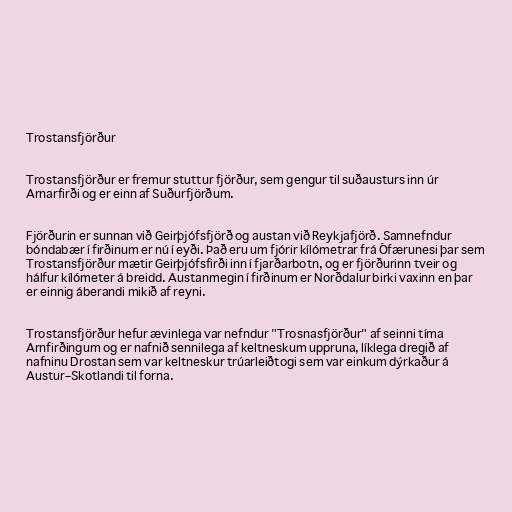
Trostansfjörður

Trostansfjörður er fremur stuttur fjörður, sem gengur til suðausturs inn úr
Arnarfirði og er einn af Suðurfjörðum.

Fjörðurin er sunnan við Geirþjófsfjörð og austan við Reykjafjörð. Samnefndur
bóndabær í firðinum er nú í eyði. Það eru um fjórir kílómetrar frá Ófærunesi þar sem
Trostansfjörður mætir Geirþjófsfirði inn í fjarðarbotn, og er fjörðurinn tveir og
hálfur kílómeter á breidd. Austanmegin í firðinum er Norðdalur birki vaxinn en þar
er einnig áberandi mikið af reyni.

Trostansfjörður hefur ævinlega var nefndur "Trosnasfjörður" af seinni tíma
Arnfirðingum og er nafnið sennilega af keltneskum uppruna, líklega dregið af
nafninu Drostan sem var keltneskur trúarleiðtogi sem var einkum dýrkaður á
Austur–Skotlandi til forna.